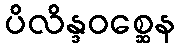
ပိလိန္ဒဝစ္ဆေန